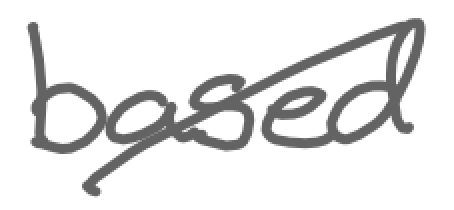
Text: based
Cross-out: diagonal
Writing tool: digital_gray